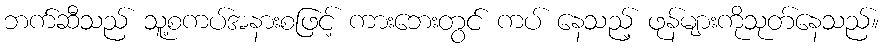
ဘက်ဆီသည် သူ့စကပ်အနားစဖြင့် ကားဘေးတွင် ကပ် နေသည့် ဖုန်များကိုသုတ်နေသည်။